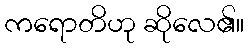
ကရောတိဟု ဆိုလေ၏။